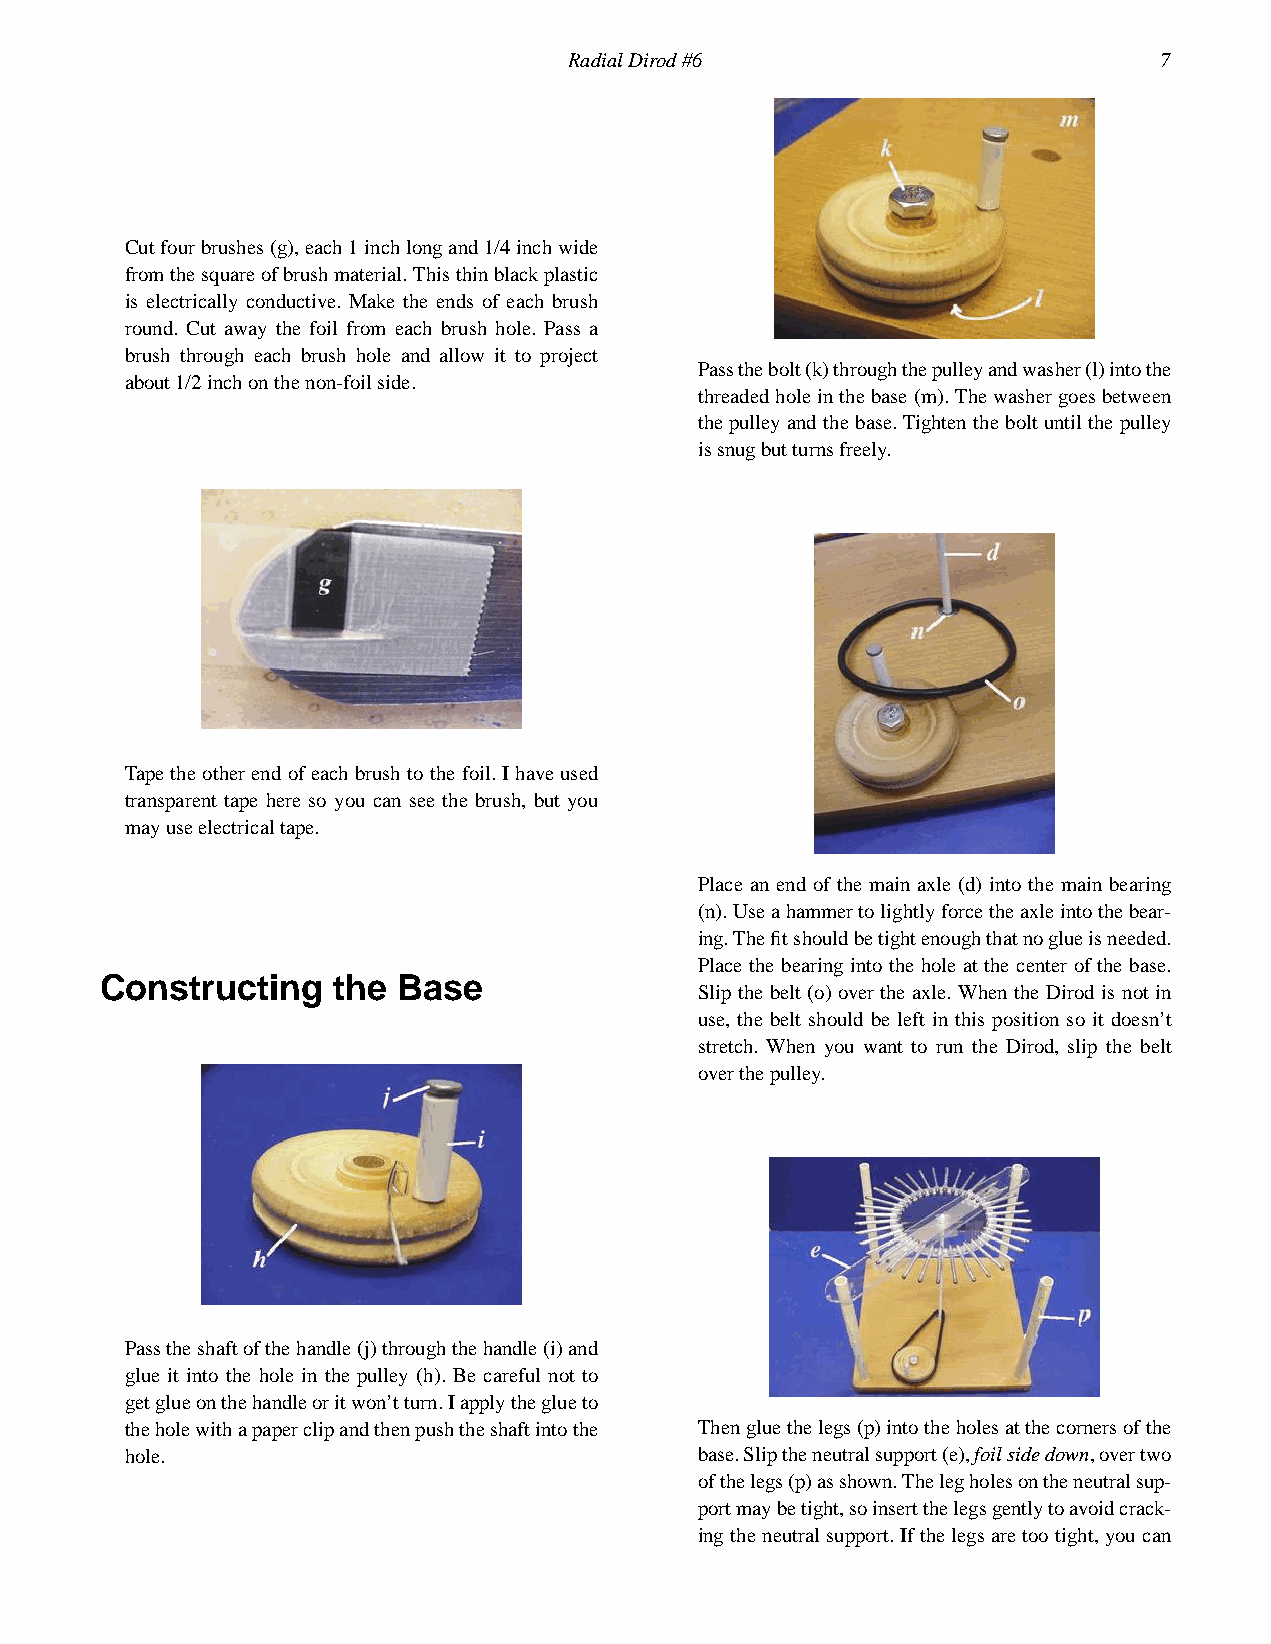
RadialDirod#6                          7
 Cutfourbrushes(g),each1inchlongand1/4inchwide
 fromthesquareofbrushmaterial.Thisthinblackplastic
 is electrically conductive. Make the ends of each brush
 round. Cut away the foil from each brush hole. Pass a
 brush through each brush hole and allow it to project
 Passthebolt(k)throughthepulleyandwasher(l)intothe
 about1/2inchonthenon-foilside.
 threadedholeinthebase(m).Thewashergoesbetween
 thepulleyandthebase.Tightentheboltuntilthepulley
 issnugbutturnsfreely.
 Tapetheotherend ofeachbrushtothe foil.Ihaveused
 transparent tape here so you can see the brush, but you
 mayuseelectricaltape.
 Place an end of the main axle (d) into the main bearing
 (n).Useahammertolightlyforcetheaxleintothebear-
 ing.Thefitshouldbetightenoughthatnoglueisneeded.
 Place the bearing into the hole at the center of the base.
 Constructing   the Base
 Slip the belt (o) over the axle. When the Dirod is not in
 use, the belt should be left in this position so it doesn’t
 stretch. When you want to run the Dirod, slip the belt
 overthepulley.
 Passtheshaftofthehandle(j)throughthehandle(i)and
 glue it into the hole in the pulley (h). Be careful not to
 getglueonthehandleoritwon’tturn.Iapplytheglueto
 theholewithapaperclipandthenpushtheshaftintothe Thengluethelegs(p)intotheholesatthecornersofthe
 hole.                                 base.Sliptheneutralsupport(e),foilsidedown,overtwo
 ofthelegs(p)asshown.Thelegholesontheneutralsup-
 portmaybetight,soinsertthelegsgentlytoavoidcrack-
 ing theneutral support.If thelegs aretoo tight, youcan